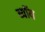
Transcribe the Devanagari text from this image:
ब्यॉय